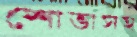
শোভাসহ